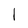
Character: 1